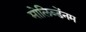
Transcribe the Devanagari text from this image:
मोलिब्डेंनम